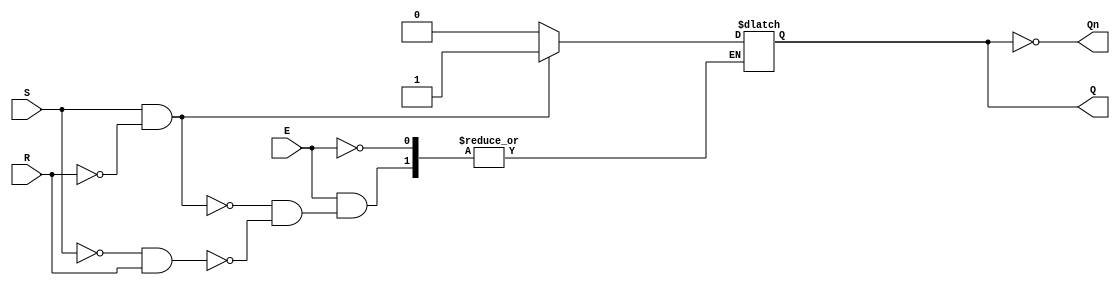
module gated_sr_latch (
    input wire S,       // Set input
    input wire R,       // Reset input
    input wire E,       // Enable input
    output reg Q,       // Output Q
    output wire Qn      // Complementary output Q'
);

// Complementary output
assign Qn = ~Q;

// Always block to implement the latch behavior
always @ (E or S or R) begin
    if (E) begin
        if (S && ~R) begin
            Q <= 1'b1;   // Set Q to 1
        end else if (~S && R) begin
            Q <= 1'b0;   // Reset Q to 0
        end
        // If both S and R are low, Q retains its previous state
        // If both S and R are high, this is an invalid state
    end
    // If E is low, Q retains its previous state
end

endmodule